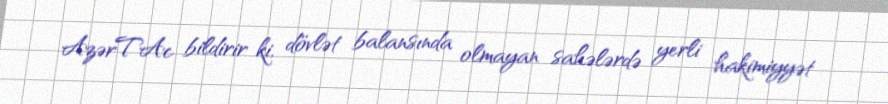
AzərTAc bildirir ki, dövlət balansında olmayan sahələrdə yerli hakimiyyət